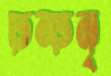
ঢন্‌ঢন্‌